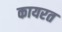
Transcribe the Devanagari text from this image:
कायरत